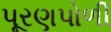
પૂરણપોળી